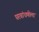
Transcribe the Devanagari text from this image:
घरबांधणीला